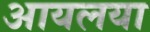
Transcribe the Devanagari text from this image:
आयलया